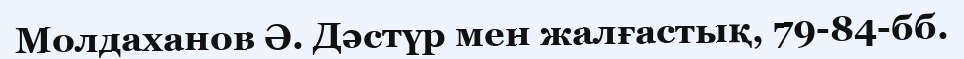
Молдаханов Ә. Дәстүр мен жалғастық, 79-84-бб.